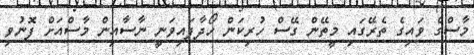
މާސްގެ ވައިގެ ތެރޭގައި މީތޭން ގޭސް ހުރިކަން ހޯދާފައިވަނީ ނާސާއިން މާސްއަށް ފޮނުވި